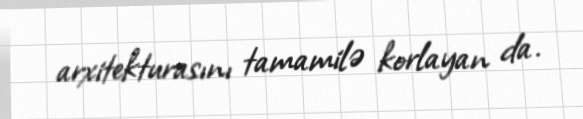
arxitekturasını tamamilə korlayan da.